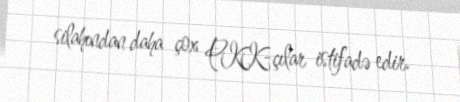
silahından daha çox PKK-çılar istifadə edir.